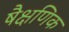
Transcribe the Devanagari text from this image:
षैक्षणिक